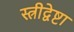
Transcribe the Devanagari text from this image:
स्त्रीद्वेष्टा